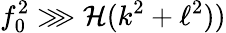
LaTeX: f_{0}^{2}\ggg\mathcal{H}(k^{2}+\ell^{2}))